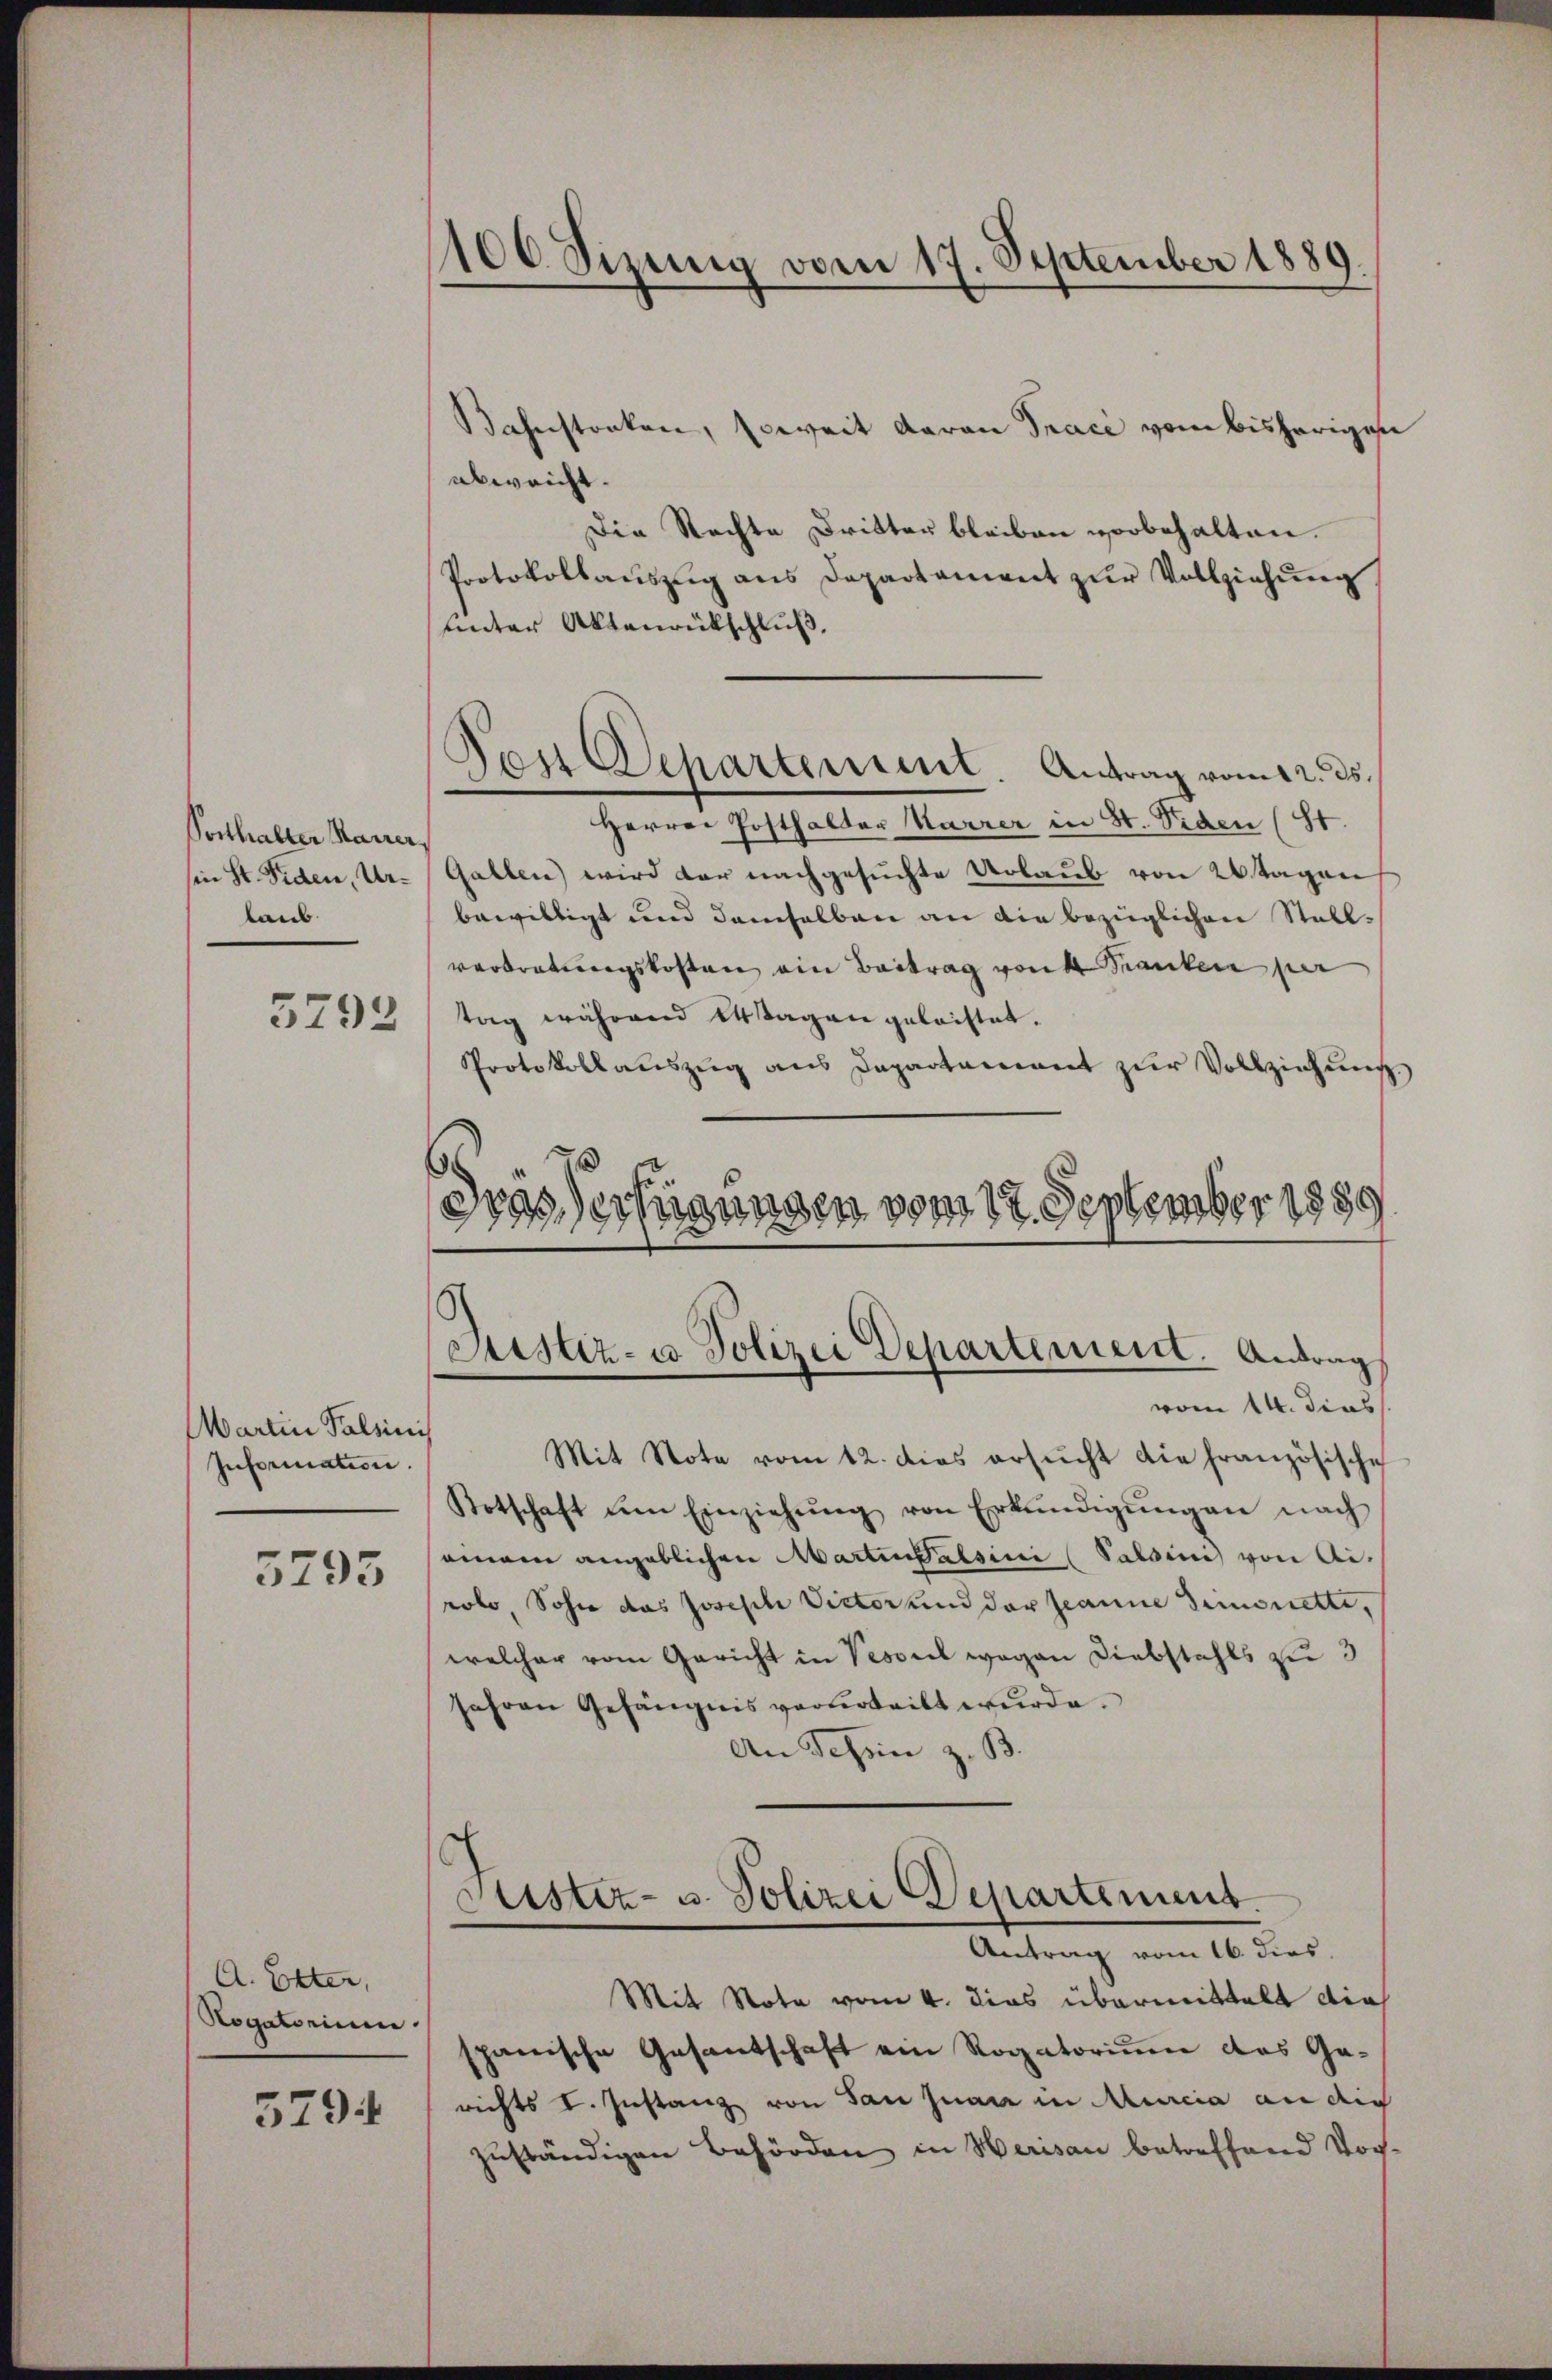
Forthalter Maurer,
in St. Fiden, Urlaub.

3792

Martin Palsinis
Information.

5295

A. Etter,
Rogatorium.
5794

106 Sizung vom 17. September 1889

Den Departement. Antrag vom 12. ds.

Bahnstocken, soweit daran Trace vom bisherigen
abweicht.
Die Rechte Dritter bleiben vorbehalten.
Protokollaŭszŭg ans Departament zŭr Vollziehŭng
unter Aktenrütschluß,
Herren Posthalter Karrer in St. Siden (81.
Gallen wird der nachgesuchte Urlaub von 20 Tagen
bewilligt und demselben an die bezüglichen Stellvertretungskosten ein Beitrag von Kranken per
tag während 14 Tagen geleistet.
Protokoll aŭszŭg ans Departement zŭr Vollziehung.
Dras Verfügungen vom 17. September 1889

Justiz- u Polizei Departement. Antrag
vom 14. dies

Mit Note vom 12. dies ersŭcht die französische
Botschaft um Einziehŭng von Erkŭndigŭngen nach
semein angeblichen Martinatsini (Salsines von Ai
rolo, Sohn das Joseph Victor und der Jeanne deinerette,
welcher vom Gericht in Vesviel wegen Diebstahls zu 3
Jahren Gefängnis verurteilt wurde.
An Tessin z. B.
Sistiz- u. Polizei Departement
Antrag vom 16. dies
Mit Note vom 4. dies übermittelt die
spanische Gesantschaft ein Rogatorium das Ge-
richts I. Instanz von San Juan in Murcia an die
zuständigen Behörden in Werisau betreffend Vor-